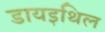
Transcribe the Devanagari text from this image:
डायइथिल